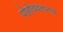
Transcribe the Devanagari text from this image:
पोहोचवतानाच